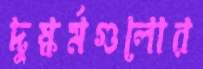
দুষ্কর্মগুলোর